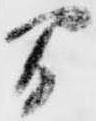
間